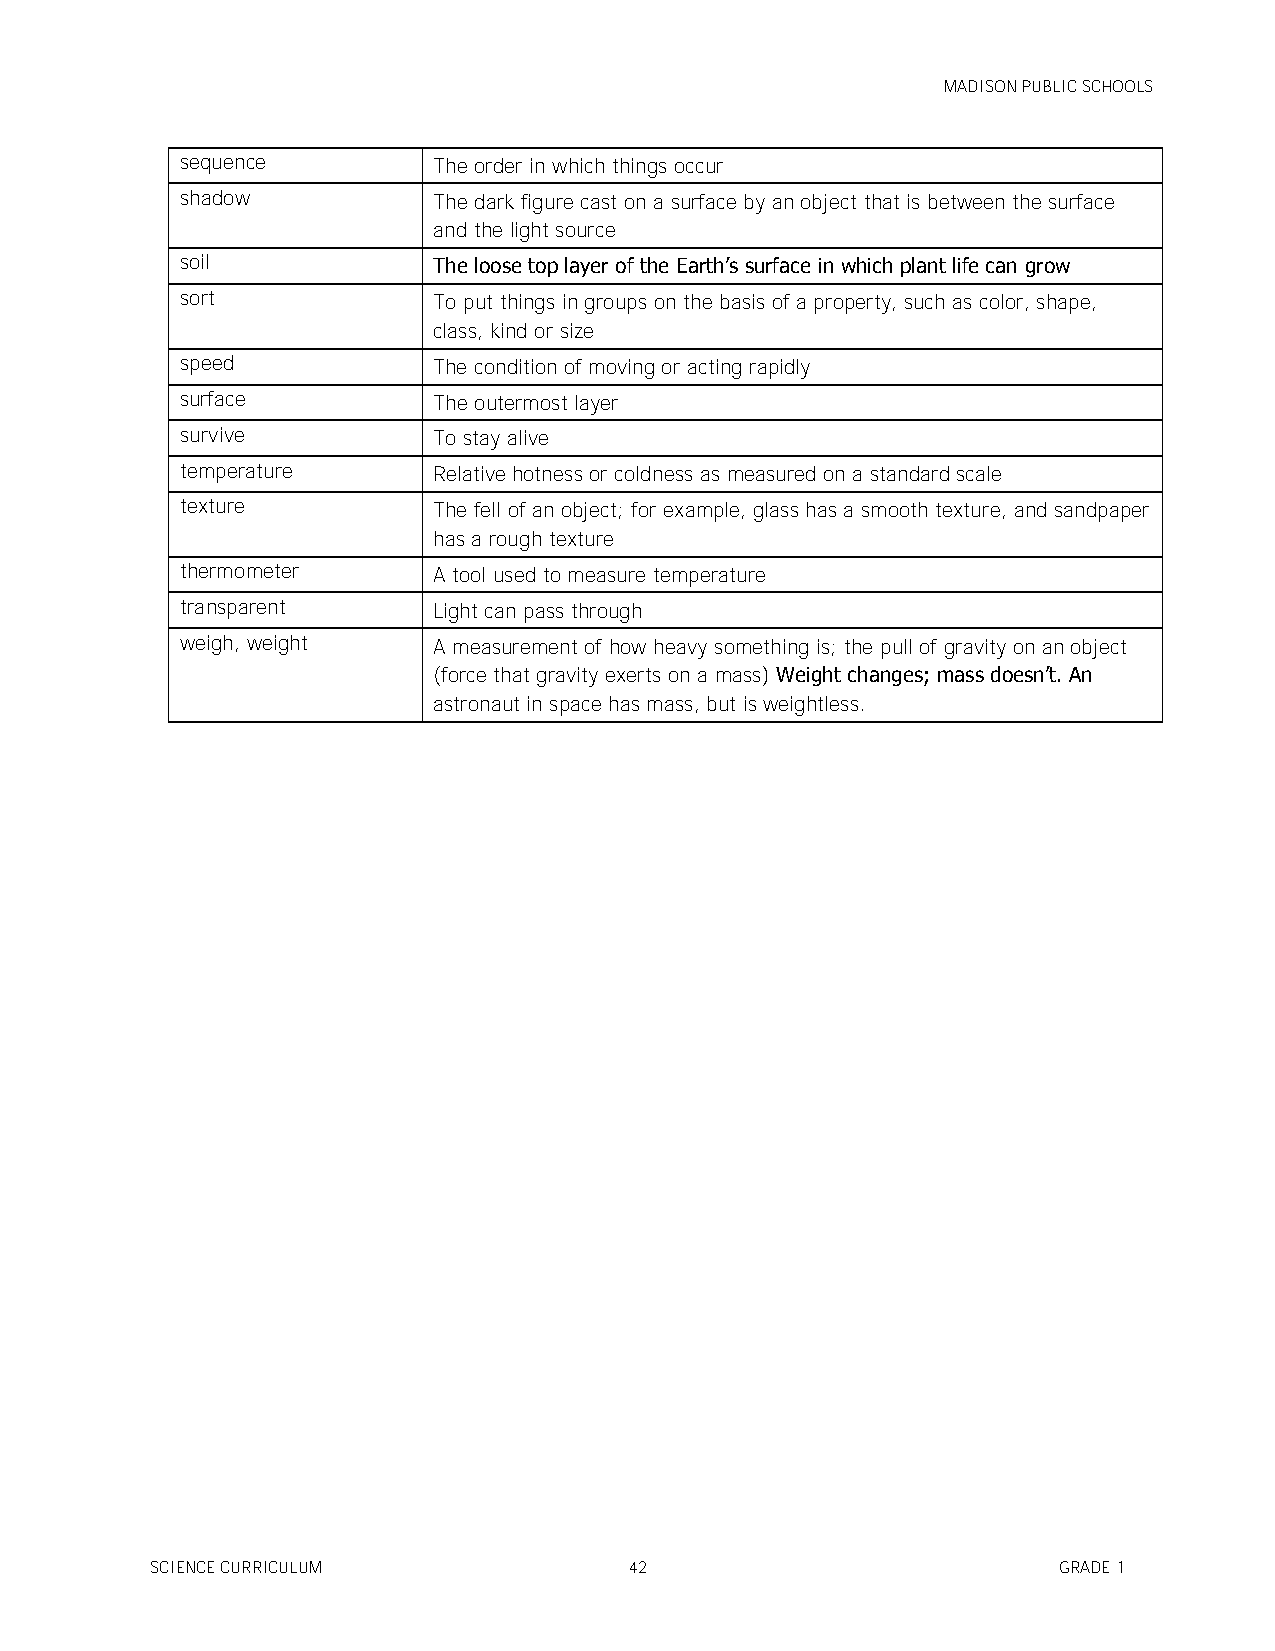
MADISON PUBLIC SCHOOLS
 sequence         The order in which things occur
 shadow           The dark figure cast on a surface by an object that is between the surface
 and the light source
 soil             The loose top layer of the Earth’s surface in which plant life can grow
 sort             To put things in groups on the basis of a property, such as color, shape,
 class, kind or size
 speed            The condition of moving or acting rapidly
 surface          The outermost layer
 survive          To stay alive
 temperature      Relative hotness or coldness as measured on a standard scale
 texture          The fell of an object; for example, glass has a smooth texture, and sandpaper
 has a rough texture
 thermometer      A tool used to measure temperature
 transparent      Light can pass through
 weigh, weight    A measurement of how heavy something is; the pull of gravity on an object
 (force that gravity exerts on a mass) Weight changes; mass doesn’t. An
 astronaut in space has mass, but is weightless.
 SCIENCE CURRICULUM              42                          GRADE 1